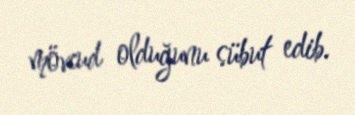
mövcud olduğunu sübut edib.